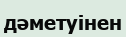
дәметуінен